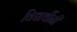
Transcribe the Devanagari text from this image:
विद्यार्थीनी